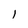
Character: 1